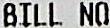
BILL NO